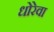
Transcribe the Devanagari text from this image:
धोरेवा